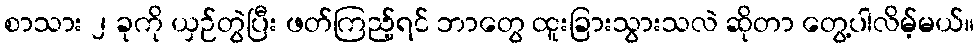
စာသား ၂ ခုကို ယှဉ်တွဲပြီး ဖတ်ကြည့်ရင် ဘာတွေ ထူးခြားသွားသလဲ ဆိုတာ တွေ့ပါလိမ့်မယ်။